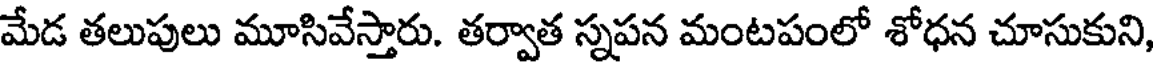
మేడ తలుపులు మూసివేస్తారు. తర్వాత స్నపన మంటపంలో శోధన చూసుకుని,